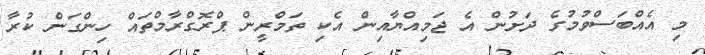
މި އެއްބަސްވުމުގެ ދަށުން އެ ޖަމިއްޔާއިން އެކި ތަމްރީން ޕްރޮގްރާމްތައް ހިންގަން ކުރާ